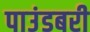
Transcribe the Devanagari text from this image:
पाउंडबरी